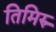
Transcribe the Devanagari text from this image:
तिमिरु